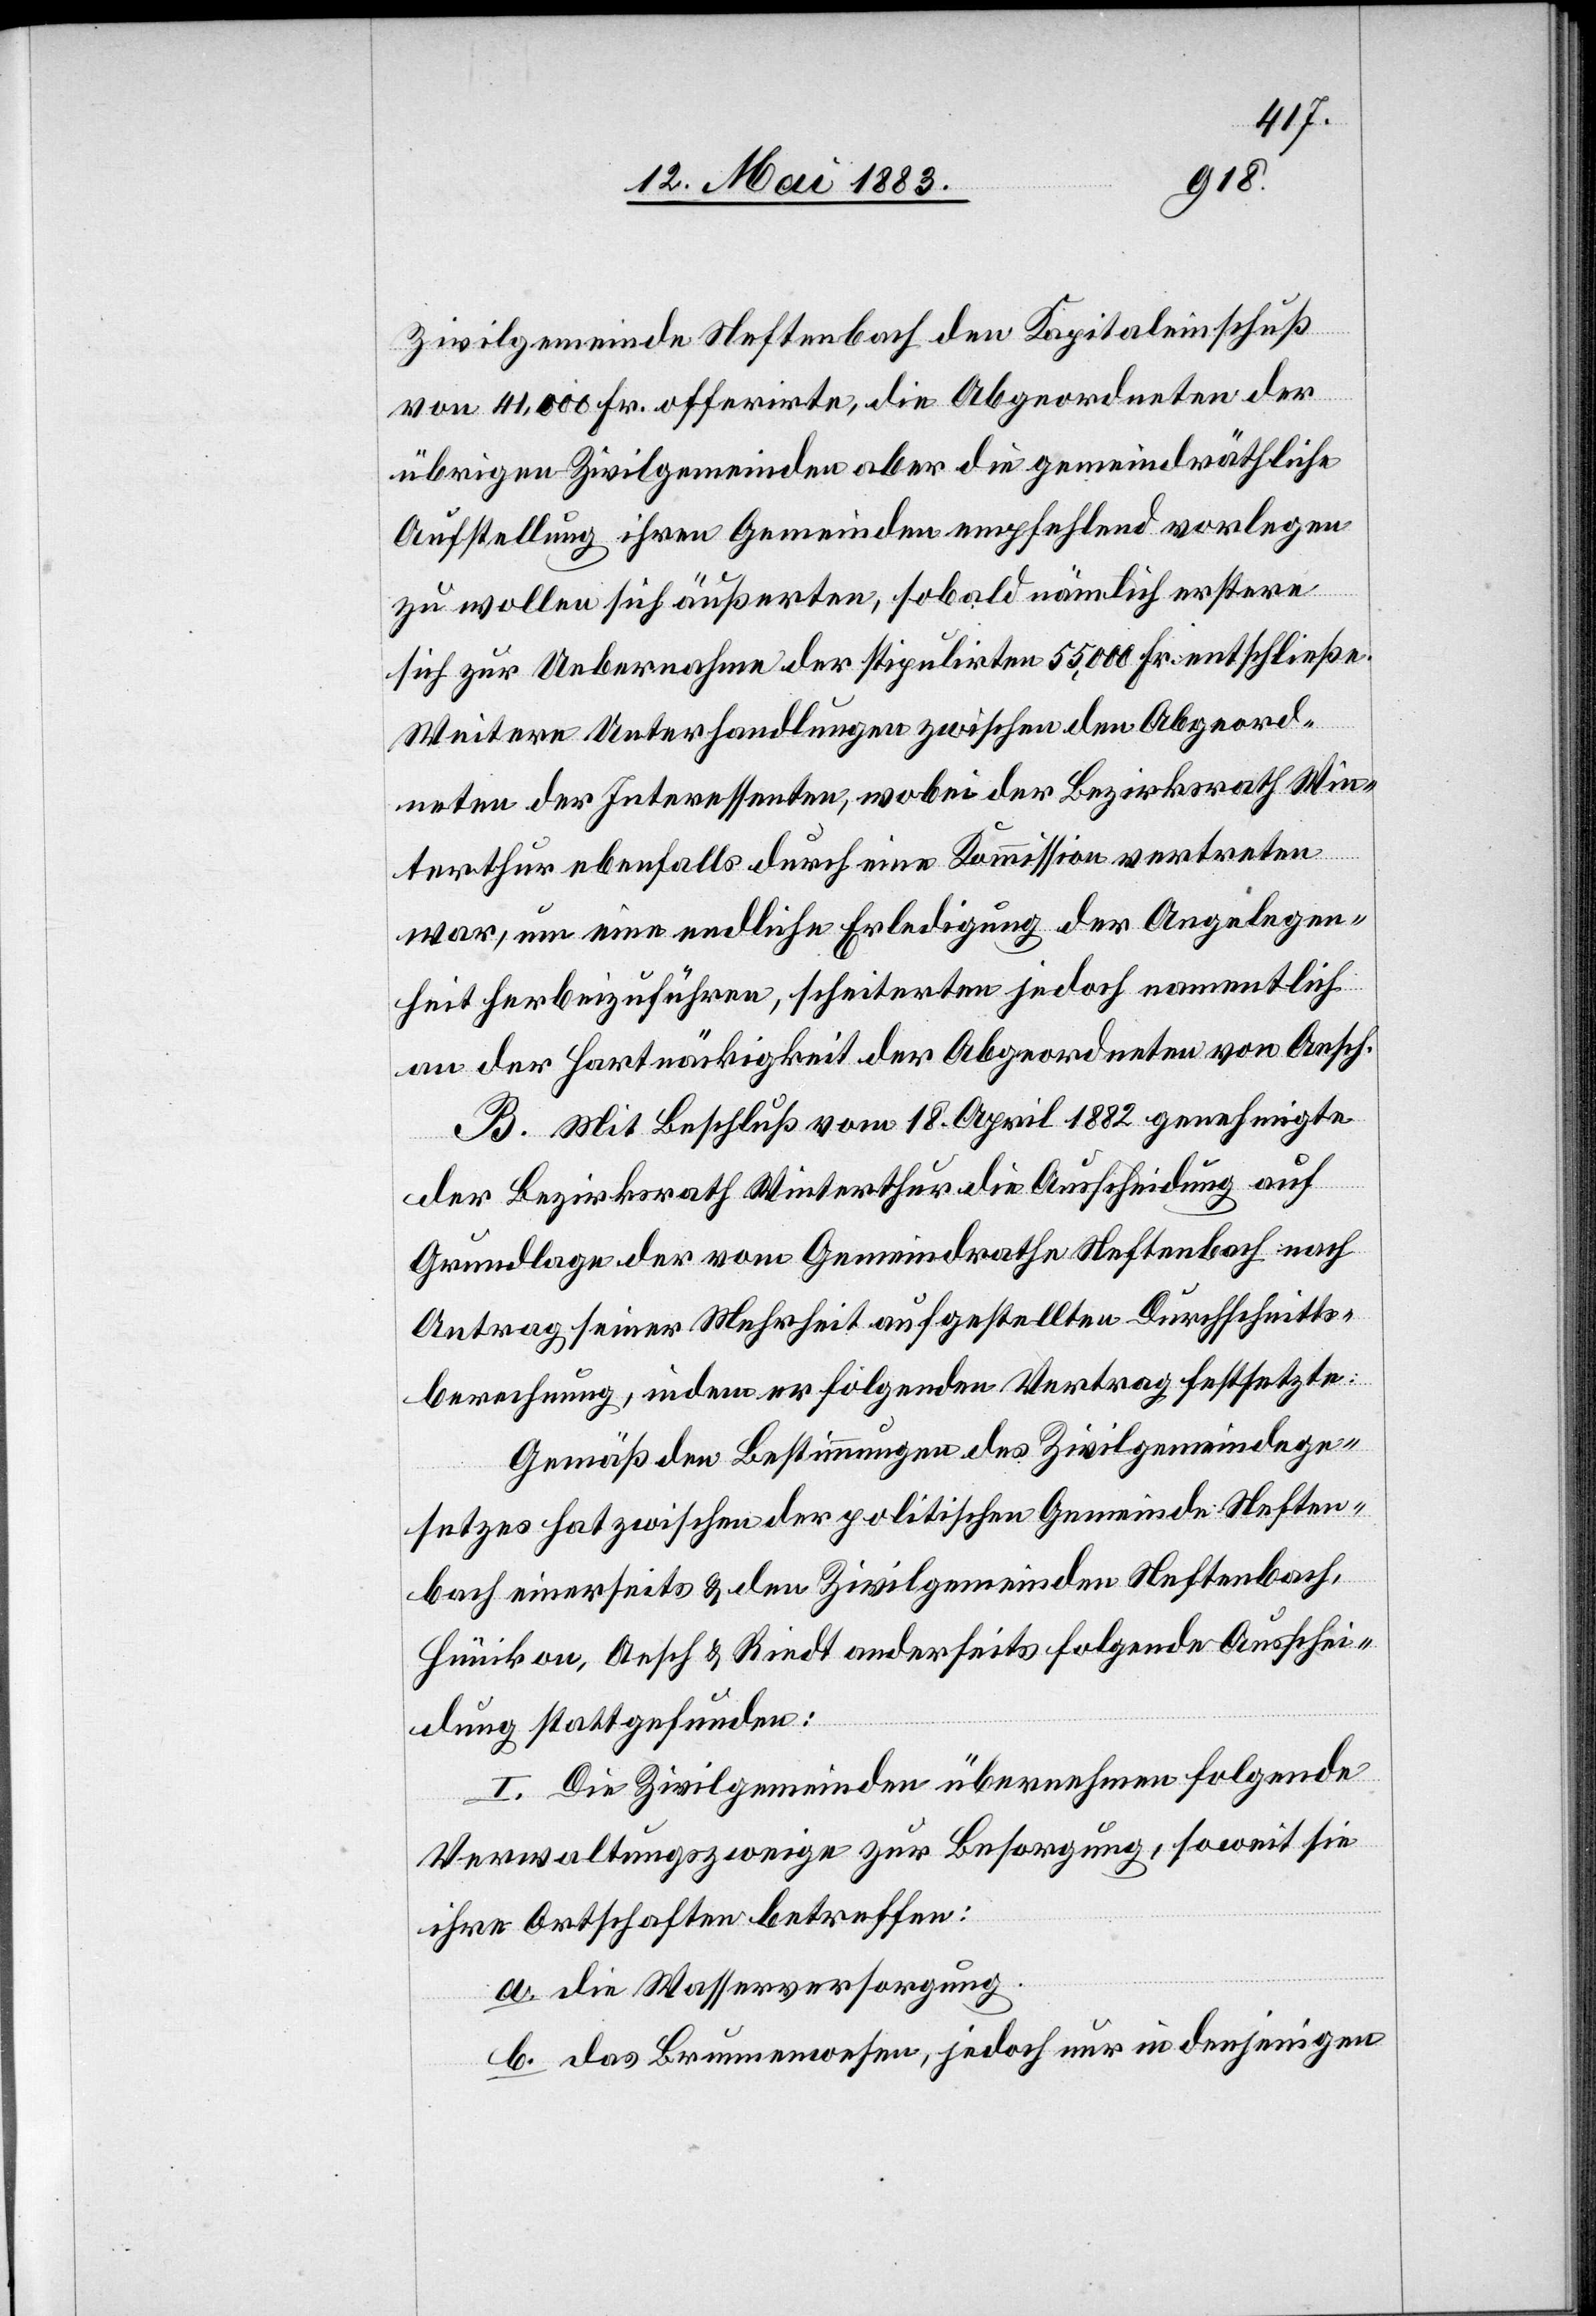
Zivilgemeinde Neftenbach den Kapitaleinschuß
von 41,000 Fr. offerirte, die Abgeordneten der
übrigen Zivilgemeinden aber die gemeindräthliche
Aufstellung ihren Gemeinden empfehlend vorlegen
zu wollen sich äußerten, sobald nämlich erstere
sich zur Uebernahme der stipulirten 55,000 Fr. entschließe.
Weitere Unterhandlungen zwischen den Abgeord¬
neten der Interessenten, wobei der Bezirksrath Win¬
terthur ebenfalls durch eine Kommission vertreten
war, um eine endliche Erledigung der Angelegen¬
heit herbeizuführen, scheiterten jedoch namentlich
an der Hartnäckigkeit der Abgeordneten von Aesch.
B. Mit Beschluß vom 18. April 1882 genehmigte
der Bezirksrath Winterthur die Ausscheidung auf
Grundlage der vom Gemeindrathe Neftenbach nach
Antrag seiner Mehrheit aufgestellten Durchschnitts¬
berechnung, indem er folgenden Vertrag festsetzte:
Gemäß den Bestimmungen des Zivilgemeindege¬
setzes hat zwischen der politischen Gemeinde Neften¬
bach einerseits & den Zivilgemeinden Neftenbach,
Hünikon, Aesch & Riedt anderseits folgende Ausschei¬
dung stattgefunden:
I. Die Zivilgemeinden übernehmen folgende
Verwaltungszweige zur Besorgung, soweit sie
ihre Ortschaften betreffen:
a. die Wasserversorgung,
b. das Brunnenwesen, jedoch nur in denjenigen